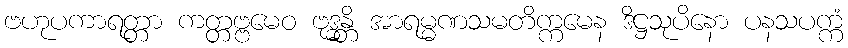
ဗဟုပကာရတ္တာ ကတ္တဗ္ဗမေဝ ဗုဒ္ဓန္တိ အာရမ္မဏသမတိက္ကမေန ဒိဋ္ဌသုပိနော ပနသပက္ကံ